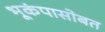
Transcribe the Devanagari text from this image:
भूकंपासोबत